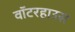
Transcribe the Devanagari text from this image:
वॉटरहाउस